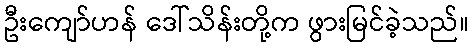
ဦးကျော်ဟန် ဒေါ်သိန်းတို့က ဖွားမြင်ခဲ့သည်။